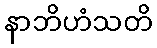
နာဘိဟံသတိ